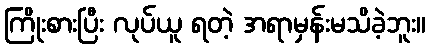
ကြိုးစားပြီး လုပ်ယူ ရတဲ့ အရာမှန်းမသိခဲ့ဘူး။